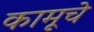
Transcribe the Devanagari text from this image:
कामूचे